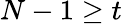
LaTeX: N-1\geq t